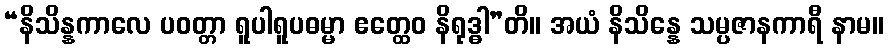
“နိသိန္နကာလေ ပဝတ္တာ ရူပါရူပဓမ္မာ ဧတ္ထေဝ နိရုဒ္ဓါ”တိ။ အယံ နိသိန္နေ သမ္ပဇာနကာရီ နာမ။